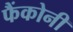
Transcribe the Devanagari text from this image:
फैंकोनी